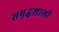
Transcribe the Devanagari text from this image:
समृद्घशाली